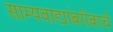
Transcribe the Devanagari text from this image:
साम्यवाद्यांबरोबरचे